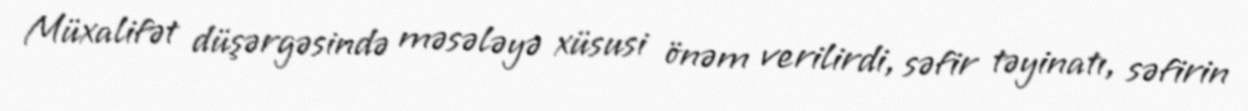
Müxalifət düşərgəsində məsələyə xüsusi önəm verilirdi, səfir təyinatı, səfirin